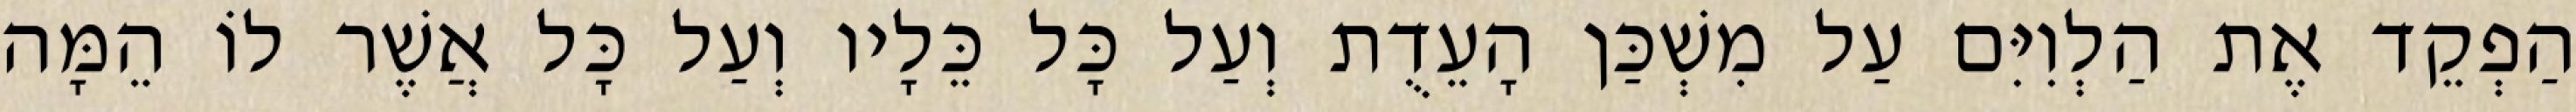
הַפְקֵד אֶת הַלְוִיִּם עַל מִשְׁכַּן הָעֵדֻת וְעַל כָּל כֵּלָיו וְעַל כָּל אֲשֶׁר לוֹ הֵמָּה